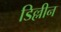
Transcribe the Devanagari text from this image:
डिल्लीन